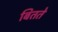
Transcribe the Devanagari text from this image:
बितते